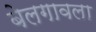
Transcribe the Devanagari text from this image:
बेलगावला